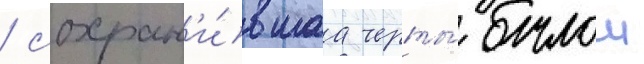
/ сохран'и́вшаа черты́ былои